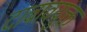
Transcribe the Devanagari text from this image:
दाबावयुक्त